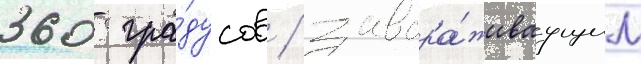
360 гра́дусов / завора́живаущим